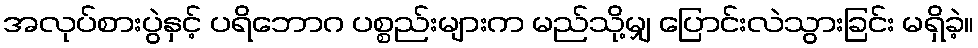
အလုပ်စားပွဲနှင့် ပရိဘောဂ ပစ္စည်းများက မည်သို့မျှ ပြောင်းလဲသွားခြင်း မရှိခဲ့။